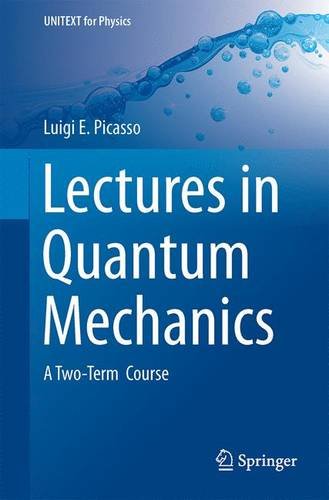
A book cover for Lectures in Quantum Mechanics: A Two-Term Course (UNITEXT for Physics); Luigi E. Picasso; Science & Math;